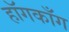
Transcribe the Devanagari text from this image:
हॉगकाँग